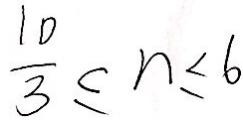
\frac { 1 0 } { 3 } \leq n < 6